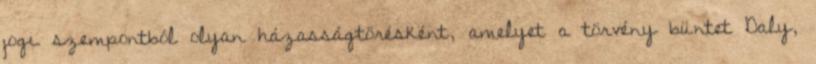
jogi szempontból olyan házasságtörésként, amelyet a törvény büntet Daly,